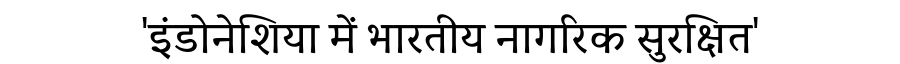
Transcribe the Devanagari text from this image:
'इंडोनेशिया में भारतीय नागरिक सुरक्षित'